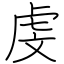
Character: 虔